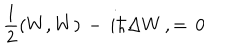
{ \frac { 1 } { 2 } } ( W , W ) \, - \, i \hbar \Delta W \, , = \, 0